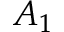
A _ { 1 }